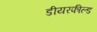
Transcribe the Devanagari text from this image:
डीयरफील्ड